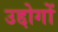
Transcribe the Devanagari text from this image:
उद्दोगों